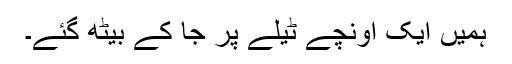
ہمیں ایک اونچے ٹیلے پر جا کے بیٹھ گئے۔